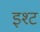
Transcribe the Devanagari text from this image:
इश्ट